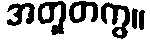
အတူတကွ။